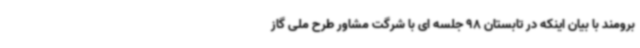
برومند با بیان اینکه در تابستان 98 جلسه ای با شرگت مشاور طرح ملی گاز